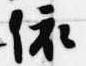
依